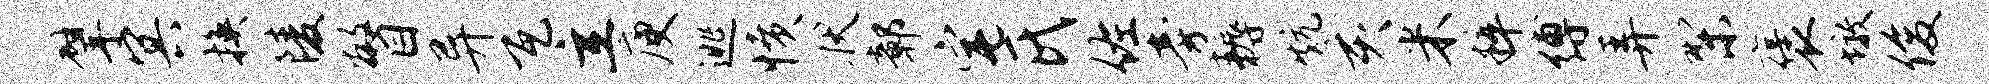
擘冥换陵瞥异瓦立庾逃愤状鄣宅氏佐旁耨炕亥米粹缚弄梨褒墩俊